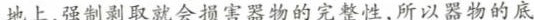
地上，强制剥取就会损害器物的完整性，所以器物的底